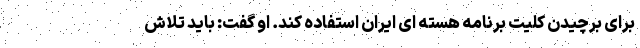
برای برچیدن کلیت برنامه هسته ای ایران استفاده کند. او گفت: باید تلاش